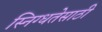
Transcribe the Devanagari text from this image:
स्निग्धतेसाठी